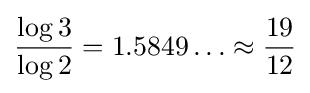
{\frac {\log 3}{\log 2}}=1.5849\ldots \approx {\frac {19}{12}}